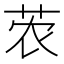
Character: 𫇽